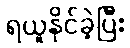
ရယူနိုင်ခဲ့ပြီး